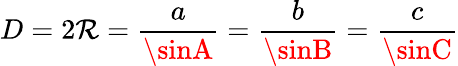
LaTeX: D=2\mathcal{R}={\frac{{a}}{{\sinA}}}={\frac{{b}}{{\sinB}}}={\frac{{c}}{{\sinC}}}